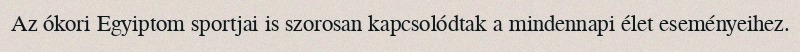
Az ókori Egyiptom sportjai is szorosan kapcsolódtak a mindennapi élet eseményeihez.